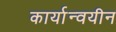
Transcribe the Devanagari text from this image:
कार्यान्वयीन